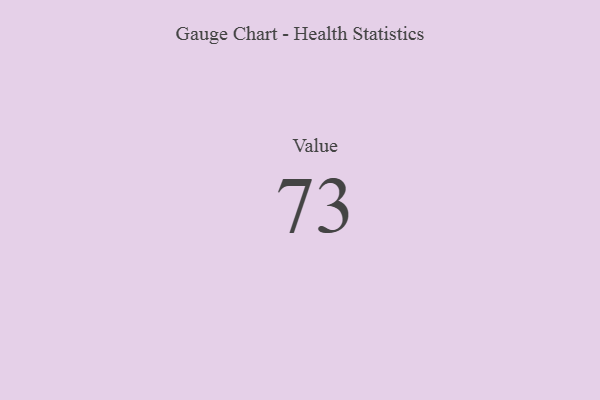
{"axis": {"x": "Metric", "y": "Value"}, "legend": [""], "data": [{"x": "Value", "y": 73, "type": ""}]}